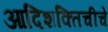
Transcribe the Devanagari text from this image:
आदिशक्तिचीचे